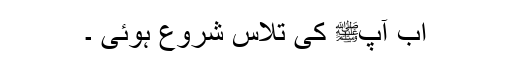
اب آپﷺ کی تلاس شروع ہوئی ۔